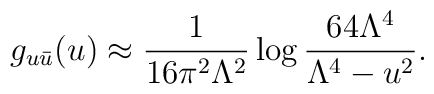
g_{u\bar{u}}(u) \approx \frac{1}{16\pi^2 \Lambda^2}\log\frac{64\Lambda^4}{\Lambda^4-u^2}.